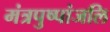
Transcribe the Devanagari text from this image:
मंत्रपुष्पांजलि